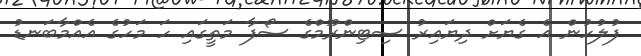
ފުލުހުން އެ ގެޔަށް ދިޔައިރު ސިޓިންރޫމްގެ ސޯފާ މަތީގައި ހަ މަހުގެ އެއްމާބަނޑު